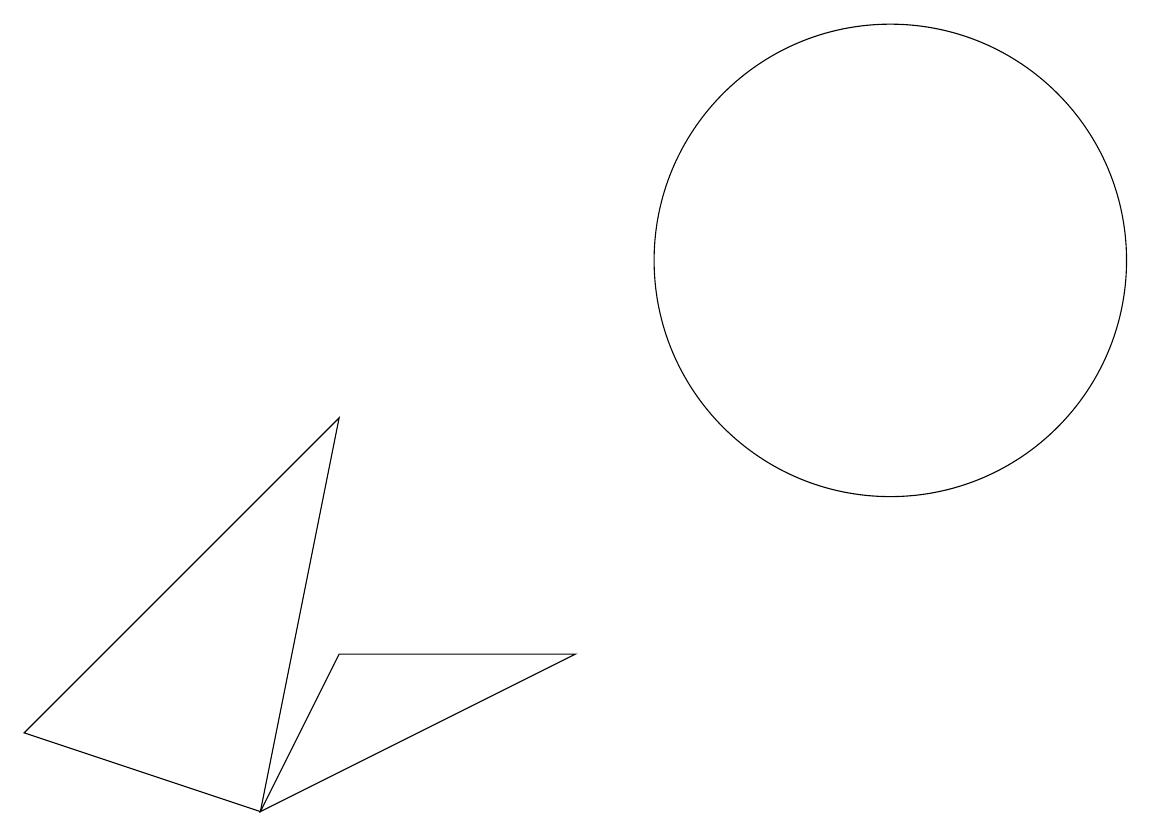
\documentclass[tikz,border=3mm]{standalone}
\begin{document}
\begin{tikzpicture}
\draw (4,6) -- (3,4) -- (7,6) -- cycle;
\draw (3,4) -- (0,5) -- (4,9) -- cycle;
\draw (11,11) circle (3);
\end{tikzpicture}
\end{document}